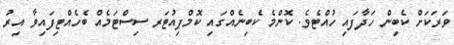
ވަރަކަށް ކެބިން ހަދާފައި ހުއްޓެވެ. ކޮންމެ ކެބިނެއްގައި ކޮމްޕިއުޓަރ ސިސްޓަމެއް ބެހެއްޓިފައިވާ އިރު